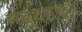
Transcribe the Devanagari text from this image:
मद्यसदृश